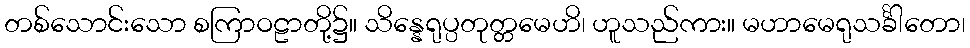
တစ်သောင်းသော စကြာဝဠာတို့၌။ သိန္နေရုပ္ပတုတ္တမေဟိ၊ ဟူသည်ကား။ မဟာမေရုသင်္ခါတော၊